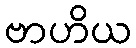
ဗာဟိယ